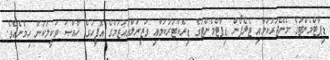
ޑިޕާޓްމެންޓުގެ މެނޭޖަރުކަމާއި ޓެލެފޯން ޑިޕާޓްމެންޓުގެ ޑިރެކްޓަރުކަމާއި ވަޒީރުލްއަޢުޒަމްގެ އޮފީހުގެ ޚާއްޞަ ވަކީލުކަން ހިމެނެއެވެ.